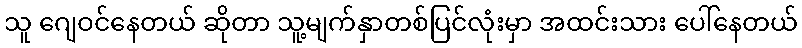
သူ ဂျေဝင်နေတယ် ဆိုတာ သူ့မျက်နှာတစ်ပြင်လုံးမှာ အထင်းသား ပေါ်နေတယ်